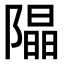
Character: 𨼗